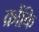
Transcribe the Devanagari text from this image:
क्रोंकि